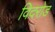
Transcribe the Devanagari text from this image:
विदरोड